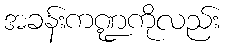
အခန်းကဏ္ဍကိုလည်း